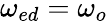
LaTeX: \omega_{ed}=\omega_{o}